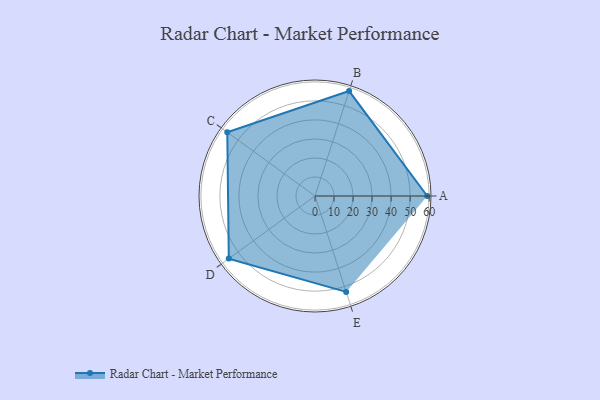
{"axis": {"x": "Skill", "y": "Score"}, "legend": ["Profile"], "data": [{"x": "A", "y": 59.0, "type": "Profile"}, {"x": "B", "y": 58.0, "type": "Profile"}, {"x": "C", "y": 57.0, "type": "Profile"}, {"x": "D", "y": 56.0, "type": "Profile"}, {"x": "E", "y": 53.0, "type": "Profile"}]}